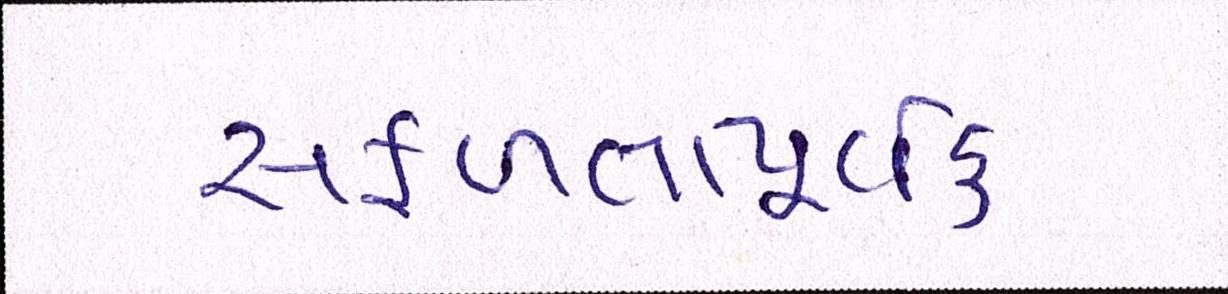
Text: સફળતાપૂર્વક